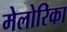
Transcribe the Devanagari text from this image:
मेलोरिका